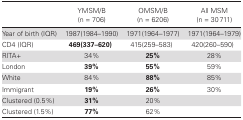
<table><thead><tr><td></td><td><b>YMSM/B (n = 706)</b></td><td><b>OMSM/B (n = 6206)</b></td><td><b>All MSM (n = 30711)</b></td></tr></thead><tbody><tr><td>Year of birth (IQR)</td><td>1987(1984–1990)</td><td>1971(1964–1977)</td><td>1971(1964–1979)</td></tr><tr><td>CD4 (IQR)</td><td><b>469(337–620</b>)</td><td>415(259–583)</td><td>420(260–590)</td></tr><tr><td>RITA+</td><td>34%</td><td><b>25%</b></td><td>28%</td></tr><tr><td>London</td><td><b>39%</b></td><td><b>55%</b></td><td>59%</td></tr><tr><td>White</td><td>84%</td><td><b>88%</b></td><td>85%</td></tr><tr><td>Immigrant</td><td><b>19%</b></td><td><b>26%</b></td><td>30%</td></tr><tr><td>Clustered (0.5%)</td><td><b>31%</b></td><td>20%</td><td></td></tr><tr><td>Clustered (1.5%)</td><td><b>77%</b></td><td>62%</td><td></td></tr></tbody></table>